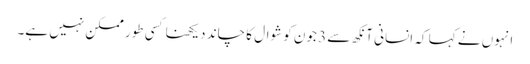
انہوں نے کہا کہ انسانی آنکھ سے 3 جون کو شوال کا چاند دیکھنا کسی طور ممکن نہیں ہے۔